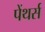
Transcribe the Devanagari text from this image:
पेंथर्स